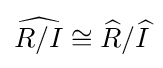
{\widehat {R/I}}\cong {\widehat {R}}/{\widehat {I}}